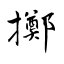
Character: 擲